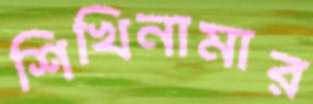
শিখিনামার